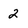
Character: 2